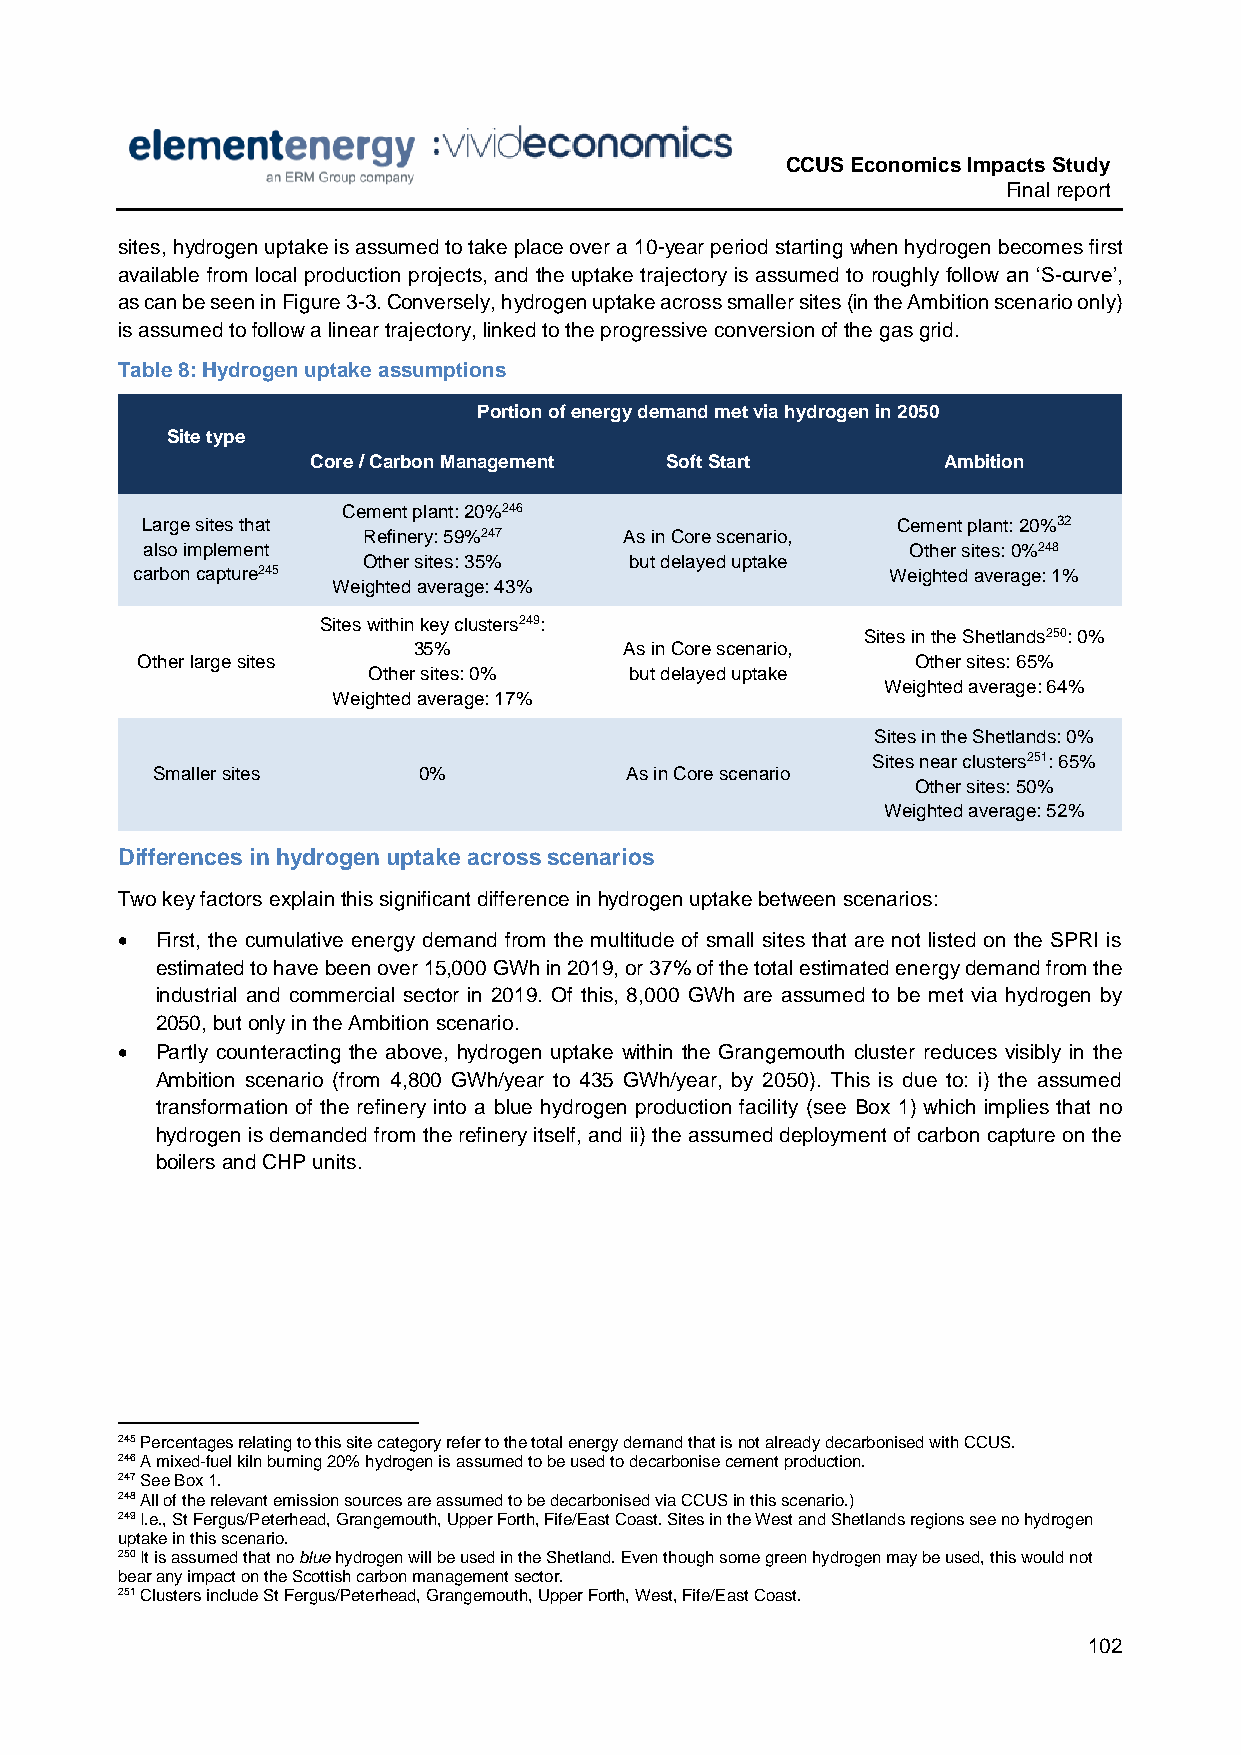
CCUS Economics Impacts Study
 Final report
 sites, hydrogen uptake is assumed to take place over a 10-year period starting when hydrogen becomes first
 available from local production projects, and the uptake trajectory is assumed to roughly follow an ‘S-curve’,
 as can be seen in Figure 3-3. Conversely, hydrogen uptake across smaller sites (in the Ambition scenario only)
 is assumed to follow a linear trajectory, linked to the progressive conversion of the gas grid.
 Table 8: Hydrogen uptake assumptions
 Portion of energy demand met via hydrogen in 2050
 Site type
 Core / Carbon Management Soft Start      Ambition
 Cement plant: 20%246
 Large sites that                                  Cement plant: 20%32
 Refinery: 59%247 As in Core scenario,
 also implement                                     Other sites: 0%248
 Other sites: 35%  but delayed uptake
 carbon capture245                                 Weighted average: 1%
 Weighted average: 43%
 Sites within key clusters249:
 Sites in the Shetlands250: 0%
 35%           As in Core scenario,
 Other large sites                                   Other sites: 65%
 Other sites: 0%   but delayed uptake
 Weighted average: 64%
 Weighted average: 17%
 Sites in the Shetlands: 0%
 Sites near clusters251: 65%
 Smaller sites     0%           As in Core scenario
 Other sites: 50%
 Weighted average: 52%
 Differences in hydrogen uptake across scenarios
 Two key factors explain this significant difference in hydrogen uptake between scenarios:
  First, the cumulative energy demand from the multitude of small sites that are not listed on the SPRI is
 estimated to have been over 15,000 GWh in 2019, or 37% of the total estimated energy demand from the
 industrial and commercial sector in 2019. Of this, 8,000 GWh are assumed to be met via hydrogen by
 2050, but only in the Ambition scenario.
  Partly counteracting the above, hydrogen uptake within the Grangemouth cluster reduces visibly in the
 Ambition scenario (from 4,800 GWh/year to 435 GWh/year, by 2050). This is due to: i) the assumed
 transformation of the refinery into a blue hydrogen production facility (see Box 1) which implies that no
 hydrogen is demanded from the refinery itself, and ii) the assumed deployment of carbon capture on the
 boilers and CHP units.
 245 Percentages relating to this site category refer to the total energy demand that is not already decarbonised with CCUS.
 246 A mixed-fuel kiln burning 20% hydrogen is assumed to be used to decarbonise cement production.
 247 See Box 1.
 248 All of the relevant emission sources are assumed to be decarbonised via CCUS in this scenario.)
 249 I.e., St Fergus/Peterhead, Grangemouth, Upper Forth, Fife/East Coast. Sites in the West and Shetlands regions see no hydrogen
 uptake in this scenario.
 250 It is assumed that no blue hydrogen will be used in the Shetland. Even though some green hydrogen may be used, this would not
 bear any impact on the Scottish carbon management sector.
 251 Clusters include St Fergus/Peterhead, Grangemouth, Upper Forth, West, Fife/East Coast.
 102